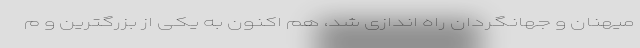
میهنان و جهانگردان راه اندازی شد، هم اکنون به یکی از بزرگترین و م